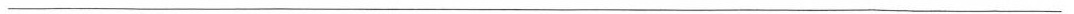
___